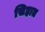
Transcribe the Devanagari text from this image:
सिहात